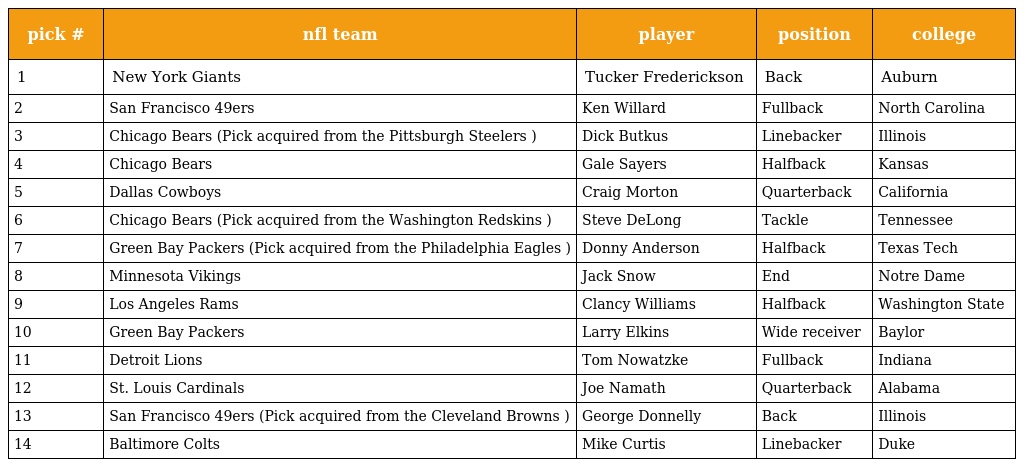
| pick # | nfl team | player | position | college |
 | --- | --- | --- | --- | --- |
 | 1 | New York Giants | Tucker Frederickson | Back | Auburn |
 | 2 | San Francisco 49ers | Ken Willard | Fullback | North Carolina |
 | 3 | Chicago Bears (Pick acquired from the Pittsburgh Steelers ) | Dick Butkus | Linebacker | Illinois |
 | 4 | Chicago Bears | Gale Sayers | Halfback | Kansas |
 | 5 | Dallas Cowboys | Craig Morton | Quarterback | California |
 | 6 | Chicago Bears (Pick acquired from the Washington Redskins ) | Steve DeLong | Tackle | Tennessee |
 | 7 | Green Bay Packers (Pick acquired from the Philadelphia Eagles ) | Donny Anderson | Halfback | Texas Tech |
 | 8 | Minnesota Vikings | Jack Snow | End | Notre Dame |
 | 9 | Los Angeles Rams | Clancy Williams | Halfback | Washington State |
 | 10 | Green Bay Packers | Larry Elkins | Wide receiver | Baylor |
 | 11 | Detroit Lions | Tom Nowatzke | Fullback | Indiana |
 | 12 | St. Louis Cardinals | Joe Namath | Quarterback | Alabama |
 | 13 | San Francisco 49ers (Pick acquired from the Cleveland Browns ) | George Donnelly | Back | Illinois |
 | 14 | Baltimore Colts | Mike Curtis | Linebacker | Duke |